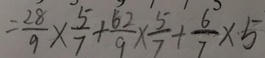
= \frac { 2 8 } { 9 } \times \frac { 5 } { 7 } + \frac { 6 2 } { 9 } \times \frac { 5 } { 7 } + \frac { 6 } { 7 } \times 5